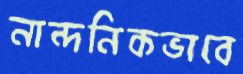
নান্দনিকভাবে